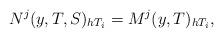
LaTeX: \begin{align*} N^j(y,T,S)_{h T_i} = M^j(y,T)_{h T_i},\end{align*}